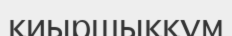
қиыршыққұм